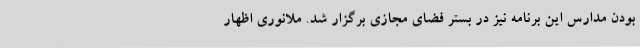
بودن مدارس این برنامه نیز در بستر فضای مجازی برگزار شد. ملانوری اظهار